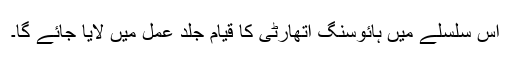
اس سلسلے میں ہائوسنگ اتھارٹی کا قیام جلد عمل میں لایا جائے گا۔